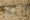
أعلم